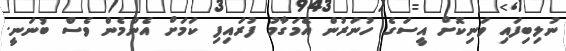
ނުލިބިފައި ވަނިކޮށް އީސަގެ ހުނަރުން އެމަގާމު ފުރައިފި ކަމަށް އެންމެން ވެސް ބުނަނީ.